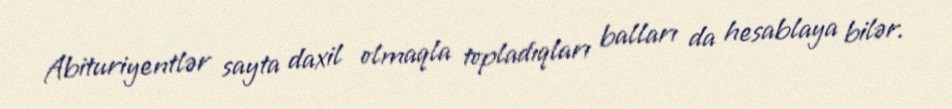
Abituriyentlər sayta daxil olmaqla topladıqları balları da hesablaya bilər.